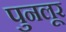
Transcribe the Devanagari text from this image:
पुनलूर